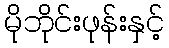
မိုဘိုင်းဖုန်းနှင့်